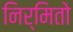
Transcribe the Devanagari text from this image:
निर्मितो